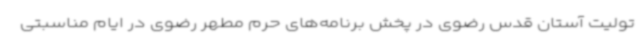
تولیت آستان قدس رضوی در پخش برنامه‌های حرم مطهر رضوی در ایام مناسبتی